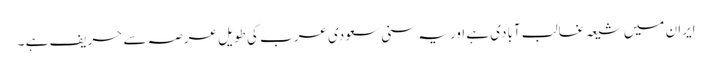
ایران میں شیعہ غالب آبادی ہے اور یہ سنی سعودی عرب کی طویل عرصہ سے حریف ہے ۔